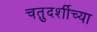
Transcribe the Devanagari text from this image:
चतुदर्शीच्या